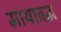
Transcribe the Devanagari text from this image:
मायाबद्ध